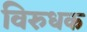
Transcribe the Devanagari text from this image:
विरुधक